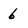
Character: 6